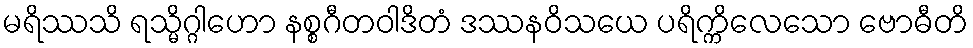
မရိဿသိ ရသ္မိဂ္ဂါဟော နစ္စဂီတဝါဒိတံ ဒဿနဝိသယေ ပရိက္ကိလေသော ဗောဓီတိ